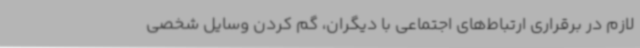
لازم در برقراری ارتباط‌های اجتماعی با دیگران، گم‌ کردن وسایل شخصی